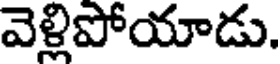
వెళ్లిపోయాడు.